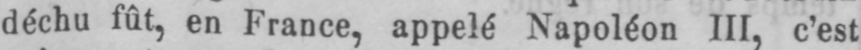
déchu fût, en France, appelé Napoléon III, c’est